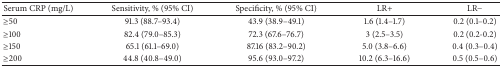
| Serum CRP (mg/L) | Sensitivity, % (95% CI) | Specificity, % (95% CI) | LR+ | LR− |
 | --- | --- | --- | --- | --- |
 | ≥50 | 91.3 (88.7–93.4) | 43.9 (38.9–49.1) | 1.6 (1.4–1.7) | 0.2 (0.1–0.2) |
 | ≥100 | 82.4 (79.0–85.3) | 72.3 (67.6–76.7) | 3 (2.5–3.5) | 0.2 (0.2-0.2) |
 | ≥150 | 65.1 (61.1–69.0) | 87.16 (83.2–90.2) | 5.0 (3.8–6.6) | 0.4 (0.3–0.4) |
 | ≥200 | 44.8 (40.8–49.0) | 95.6 (93.0–97.2) | 10.2 (6.3–16.6) | 0.5 (0.5–0.6) |